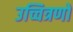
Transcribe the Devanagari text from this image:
उच्चित्रणों